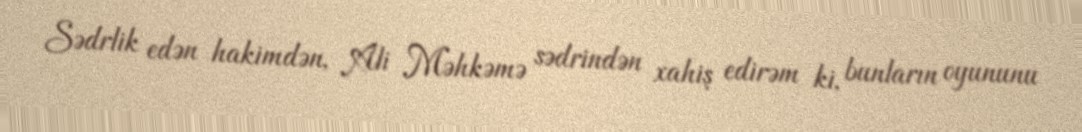
Sədrlik edən hakimdən, Ali Məhkəmə sədrindən xahiş edirəm ki, bunların oyununu